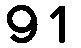
91